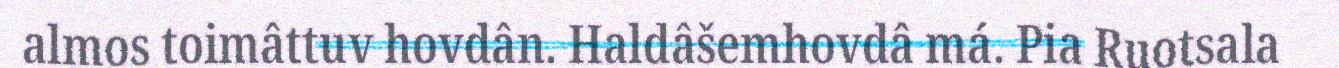
almos toimâttuv hovdân. Haldâšemhovdâ má. Pia Ruotsala